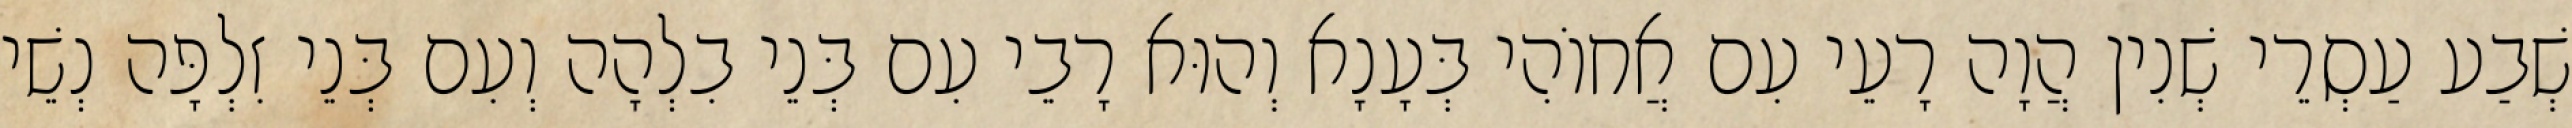
שְׁבַע עַסְרֵי שְׁנִין הֲוָה רָעֵי עִם אֲחוֹהִי בְּעָנָא וְהוּא רָבֵי עִם בְּנֵי בִלְהָה וְעִם בְּנֵי זִלְפָּה נְשֵׁי